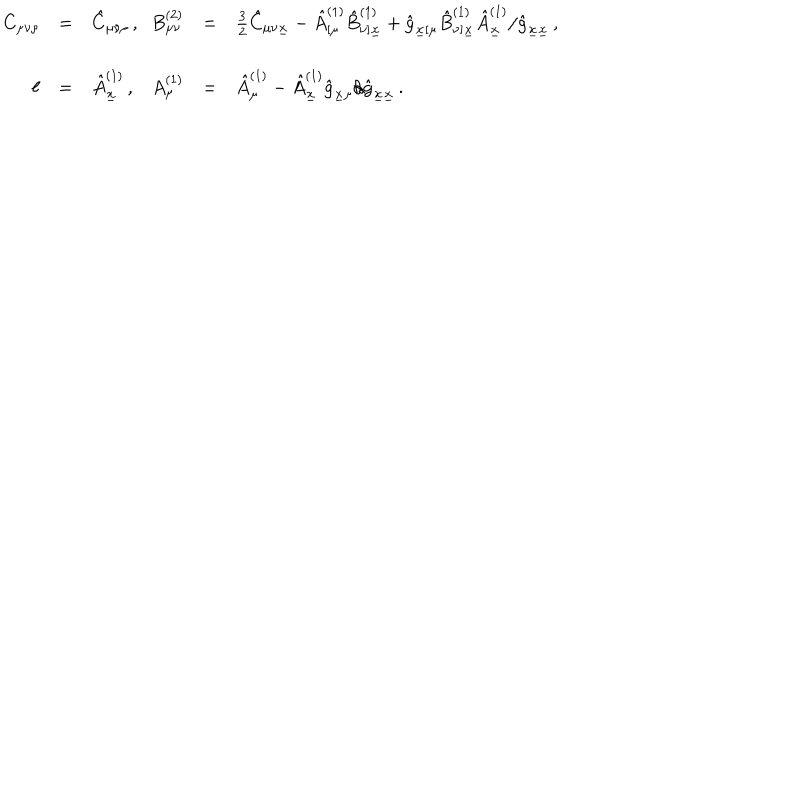
\begin{array} { r c l r c l } { { C _ { \mu \nu \rho } } } & { { = } } & { { \hat { C } _ { \mu \nu \rho } \, , \hspace { 1 c m } } } & { { B _ { \mu \nu } ^ { ( 2 ) } } } & { { = } } & { { \frac { 3 } { 2 } \hat { C } _ { \mu \nu \underline { { { x } } } } - \hat { A } _ { [ \mu } ^ { ( 1 ) } \hat { B } _ { \nu ] \underline { { { x } } } } ^ { ( 1 ) } + \hat { g } _ { \underline { { { x } } } [ \mu } \hat { B } _ { \nu ] \underline { { { x } } } } ^ { ( 1 ) } \hat { A } _ { \underline { { { x } } } } ^ { ( 1 ) } / \hat { g } _ { \underline { { { x } } } \underline { { { x } } } } \, , } } \\ { { } } & { { } } & { { } } & { { } } & { { } } & { { } } \\ { { \ell } } & { { = } } & { { \hat { A } _ { \underline { { { x } } } } ^ { ( 1 ) } \, , } } & { { A _ { \mu } ^ { ( 1 ) } } } & { { = } } & { { \hat { A } _ { \mu } ^ { ( 1 ) } - \hat { A } _ { \underline { { { x } } } } ^ { ( 1 ) } \hat { g } _ { \underline { { { x } } } \mu } / \hat { g } _ { \underline { { { x } } } \underline { { { x } } } } \, . } } \\ \end{array}